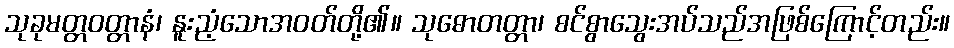
သုခုမတ္တဝတ္တာနံ၊ နူးညံ့သောအဝတ်တို့၏။ သုဓောတတ္တာ၊ စင်စွာသွေးအပ်သည်အဖြစ်ကြောင့်တည်း။